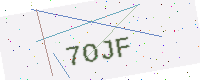
Text: 7OJF